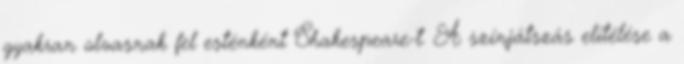
gyakran olvasnak fel esténként Shakespeare-t. A színjátszás elítélése a